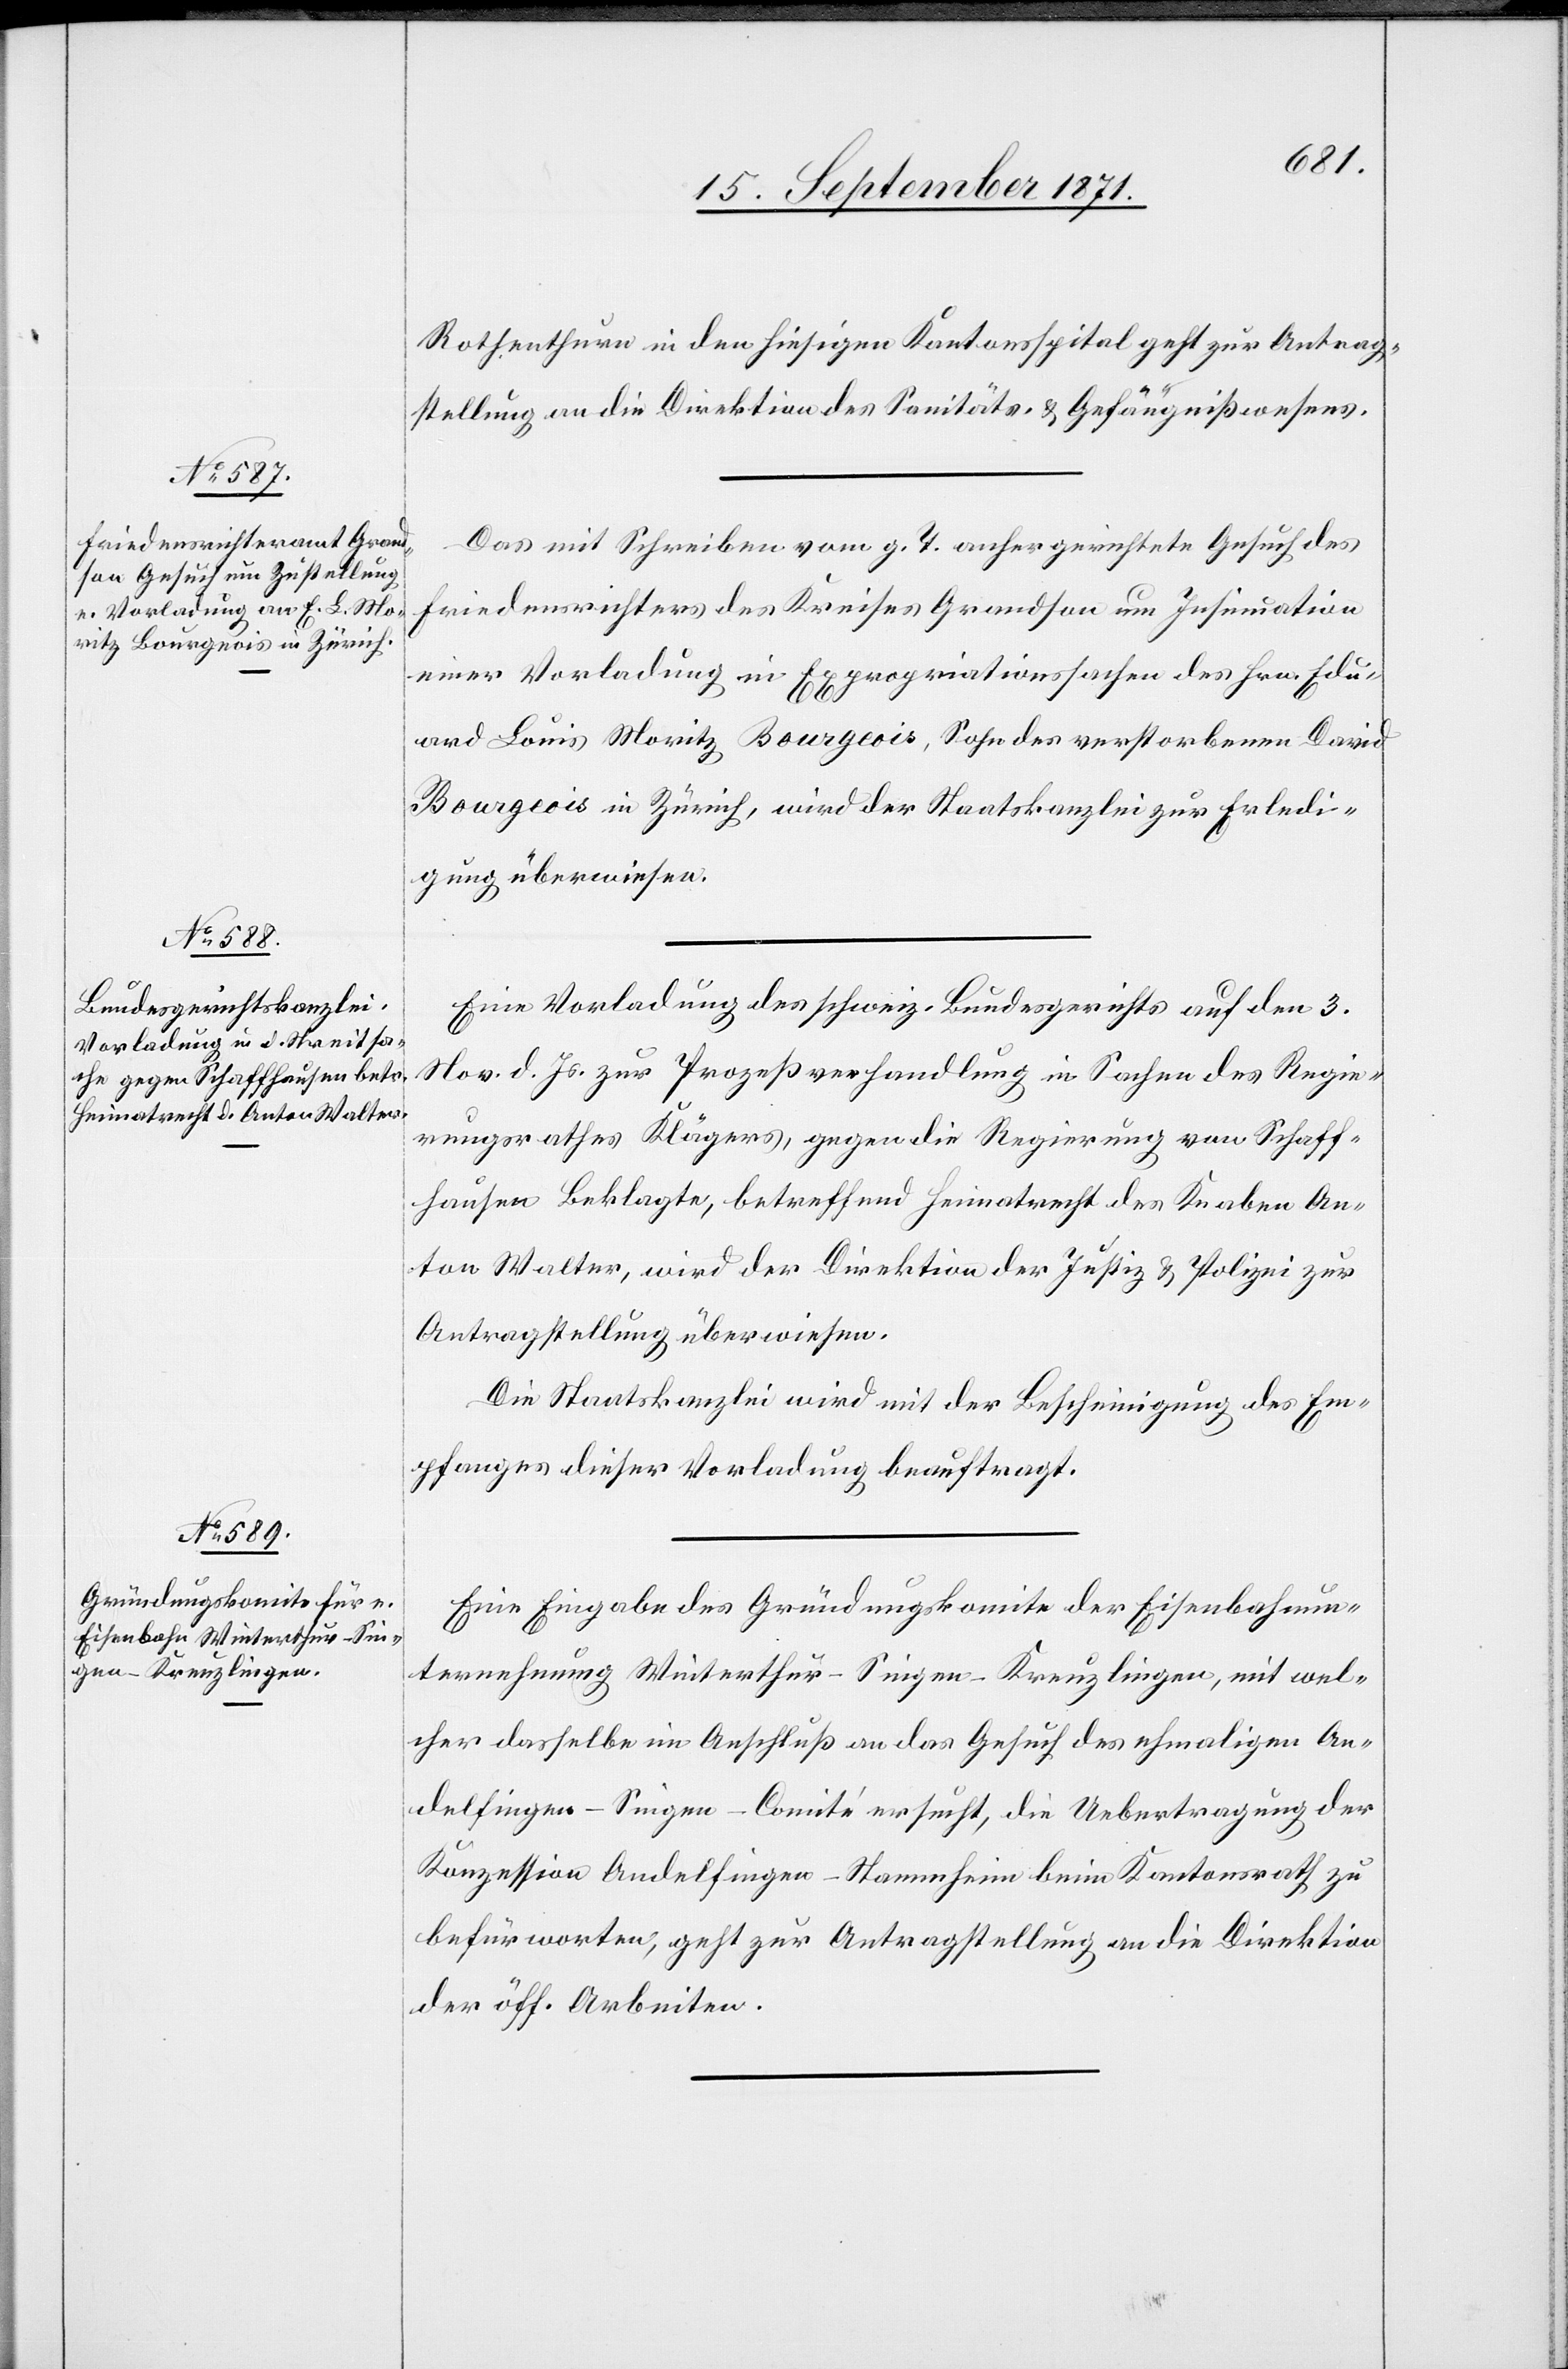
15. September 1871.]
Rothenthurm in den hiesigen Kantonsspital geht zur Antrag¬
stellung an die Direktion des Sanitäts- & Gefängnißwesens.
Das mit Schreiben vom g. T. anhergerichtete Gesuch des
Friedensrichteramtes des Kreises Grandson um Insinuation
einer Vorladung in Expropriationssache des Hrn. Edu¬
ard Louis Moritz Bourgeois, Sohn des verstorbenen David
Bourgeois in Zürich, wird der Staatskanzlei zur Erledi¬
gung überwiesen.
Eine Vorladung des schweiz. Bundesgerichts auf den 3.
Nov. d. Js. zur Prozeßverhandlung in Sachen des Regie¬
rungsrathes Klägers, gegen die Regierung von Schaff¬
hausen Beklagte, betreffend Heimatrecht des Knaben An¬
ton Walter, wird der Direktion der Justiz & Polizei zur
Antragstellung überwiesen.
Die Staatskanzlei wird mit der Bescheinigung des Em¬
pfanges dieser Vorladung beauftragt.
Eine Eingabe des Gründungskomite der Eisenbahnun¬
ternehmung Winterthur–Singen–Kreuzlingen, mit wel¬
cher dasselbe im Anschluß an das Gesuch des ehmaligen An¬
delfingen-Singen-Comité ersucht, die Uebertragung der
Konzession Andelfingen–Stammheim beim Kantonsrath zu
befürworten, geht zur Antragstellung an die Direktion
der öff. Arbeiten.